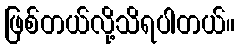
ဖြစ်တယ်လို့သိရပါတယ်။